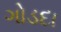
ગોડદા